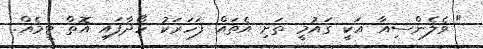
" ވެލެންސިއާ އަކީ ގައުމީ ތަށި އެތައް ފަހަރަކު ހޯދާފައި އޮތް ޓީމެއް.